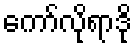
ကော်လိုရာဒို